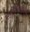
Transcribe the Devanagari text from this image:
संपविण्यासाठीची